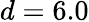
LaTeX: d=6.0